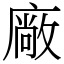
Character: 廠